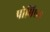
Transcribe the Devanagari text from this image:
पोमिएन